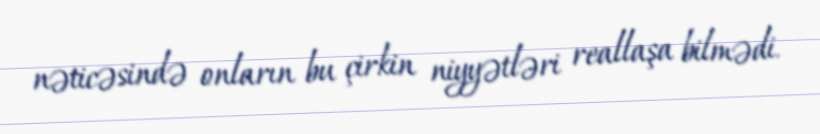
nəticəsində onların bu çirkin niyyətləri reallaşa bilmədi.